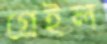
গ্রেইল